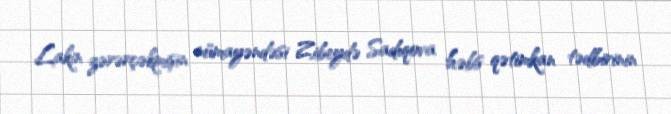
Lakin zərərçəkmişin nümayəndəsi Zibeydə Sadıqova həbs qətimkan tədbirinin